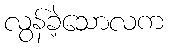
လွန်ခဲ့သောလက